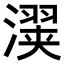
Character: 𬉇